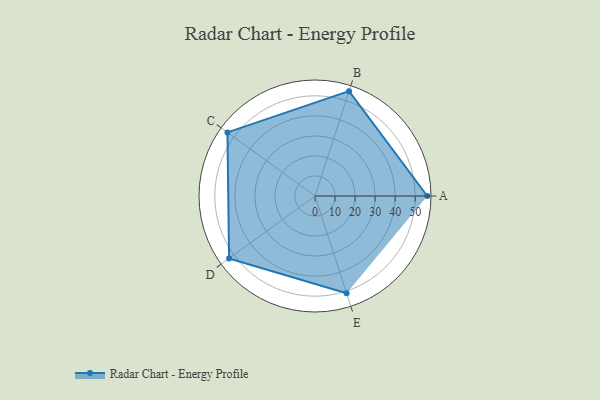
{"axis": {"x": "Skill", "y": "Score"}, "legend": ["Profile"], "data": [{"x": "A", "y": 56.0, "type": "Profile"}, {"x": "B", "y": 55.0, "type": "Profile"}, {"x": "C", "y": 54.0, "type": "Profile"}, {"x": "D", "y": 53.0, "type": "Profile"}, {"x": "E", "y": 51.0, "type": "Profile"}]}